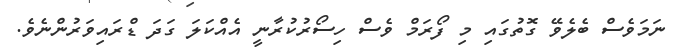
ނަމަވެސް ބެލެވޭ ގޮތުގައި މި ފޯރަމް ވެސް ހިސޯރުކުރާނީ އެއްކަލަ ގަދަ ޑްރައިވަރުންނެވެ.